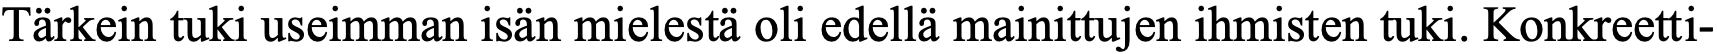
Tärkein tuki useimman isän mielestä oli edellä mainittujen ihmisten tuki. Konkreetti-